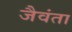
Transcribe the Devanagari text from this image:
जैवंता